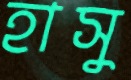
হাসু